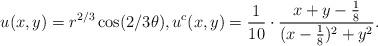
LaTeX: \begin{align*} u(x,y) &= r^{2/3}\cos(2/3\theta), u^c(x,y) = \frac{1}{10} \cdot \frac{x+y-\tfrac18}{(x-\tfrac18)^2 + y^2}.\end{align*}